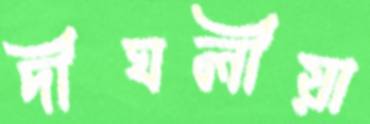
দীঘলীয়া